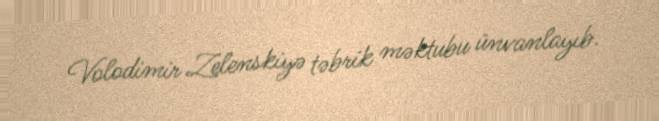
Volodimir Zelenskiyə təbrik məktubu ünvanlayıb.